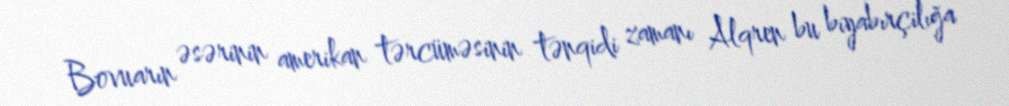
Bovuarın əsərinin amerikan tərcüməsinin tənqidi zamanı Alqren bu biyabırçilığa